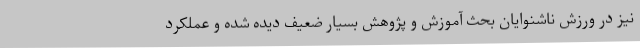
نیز در ورزش ناشنوایان بحث آموزش و پژوهش بسیار ضعیف دیده شده و عملکرد